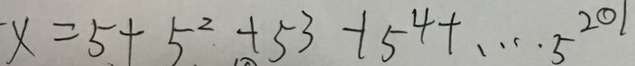
x = 5 + 5 ^ { 2 } + 5 ^ { 3 } + 5 ^ { 4 } + \cdots 5 ^ { 2 0 1 }